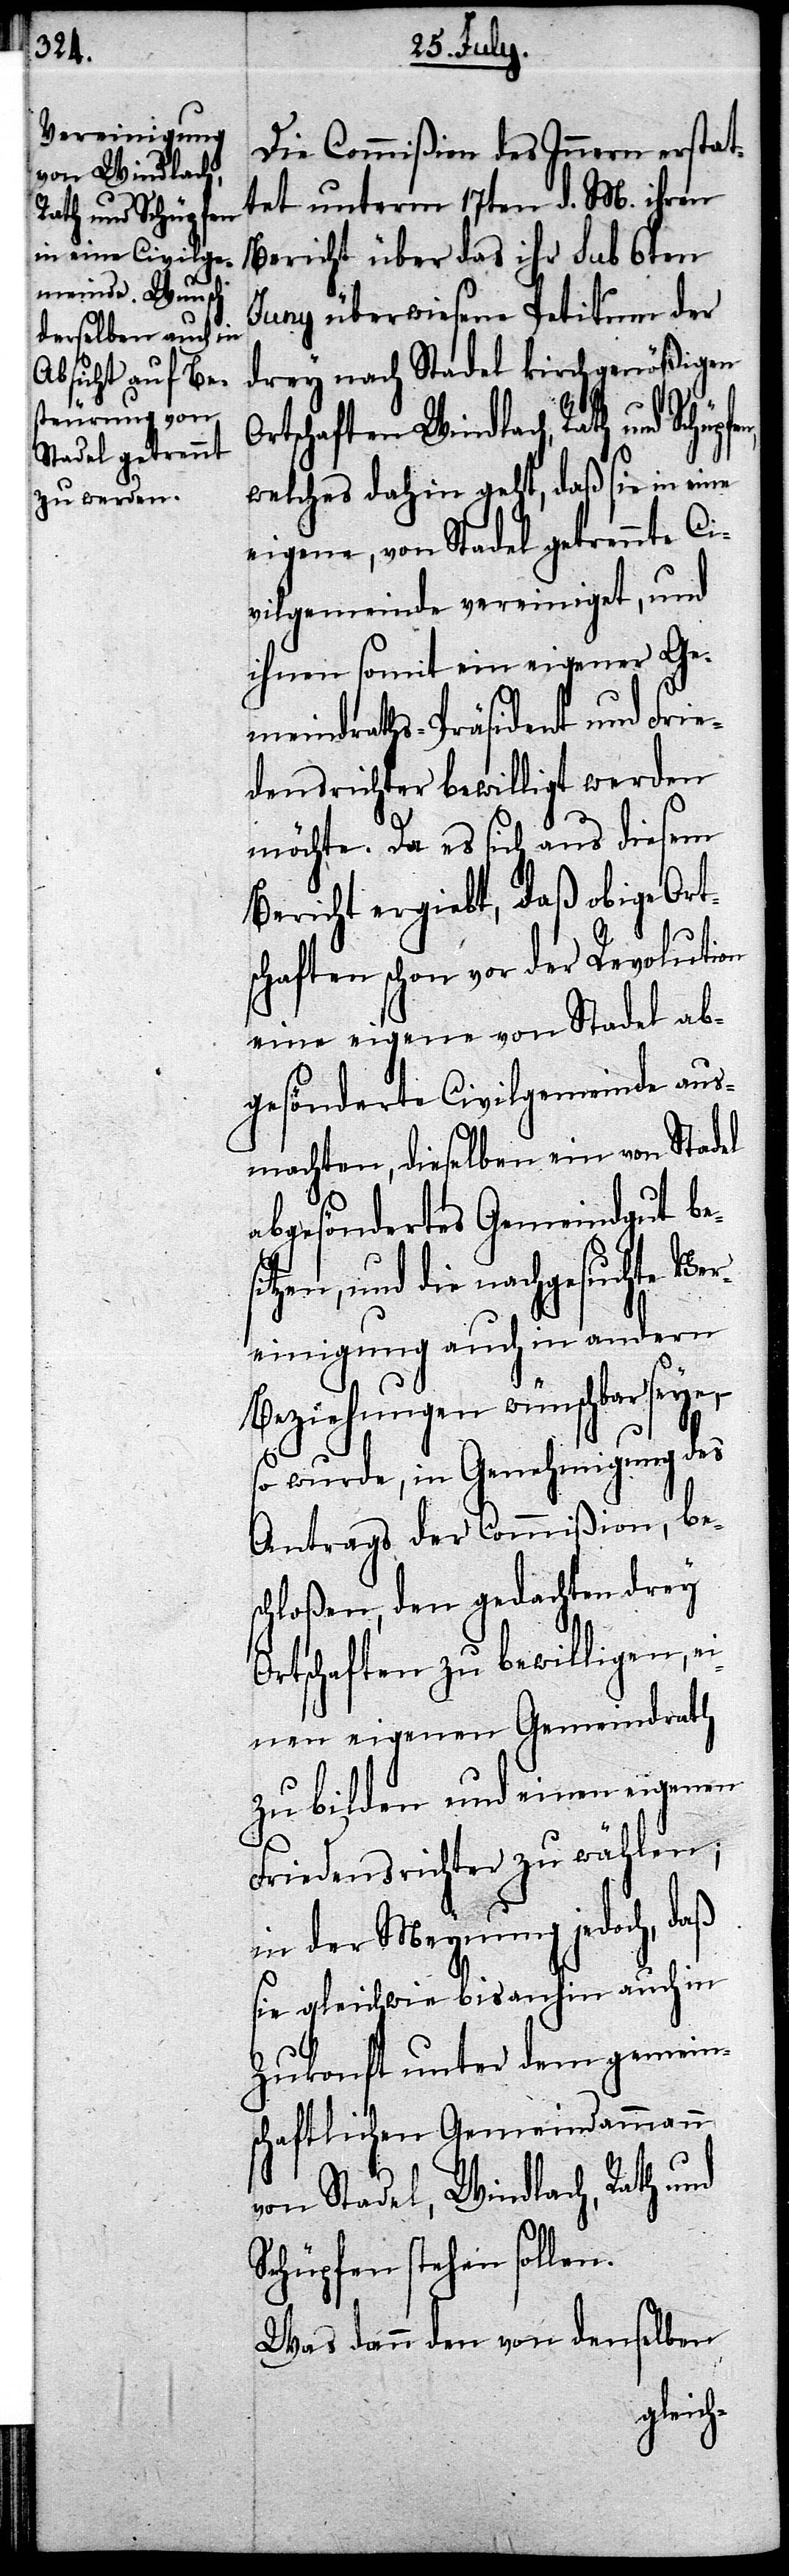
sitz¬
Rath und Schüpfen,

Die Commißion des Innern erstat¬
tet unterm 17ten d. M. ihren
Bericht über das ihr sub 6ten
Juny überwiesene Petitum der
drey nach Stadel kirchgenößigen
Ortschaften Windlach,
welches dahin geht, daß sie in eine
eigene, von Stadel getrennte Ci¬
vilgemeinde vereiniget, und
ihnen somit ein eigener Ge¬
meindraths-Präsident und Frie¬
densrichter bewilligt werden
möchte. Da es sich aus diesem
Bericht ergiebt, daß obige Ort¬
schaften schon vor der Revolution
eine eigene von Stadel ab¬
gesönderte Civilgemeinde aus¬
machten, dieselben ein von Stadel
abgesöndertes Gemeindgut be¬
en, und die nachgesuchte Ve¬
reinigung auch in andern
Beziehungen wünschbar seye,
so wurde, in Genehmigung des
Antrags der Commißion, bes¬
chloßen, den gedachten drey
Ortschaften zu bewilligen, e¬
inen eigenen Gemeindrath
zu bilden und einen eigenen
Friedensrichter zu wählen;
in der Meynung jedoch, daß
sie gleichwie bis anhin auch in
Zukonft unter dem gemeins¬
chaftlichen Gemeindammann
von Stadel, Windlach, Rath und
Schüpfen stehen sollen.
Was dann den von denselben